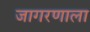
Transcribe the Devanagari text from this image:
जागरणाला